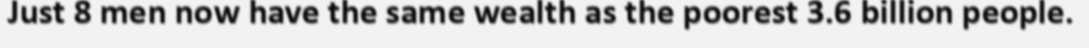
Just 8 men now have the same wealth as the poorest 3.6 billion people.